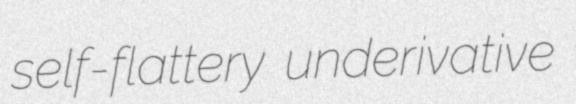
self-flattery underivative